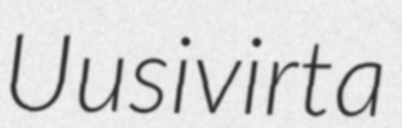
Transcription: Uusivirta